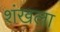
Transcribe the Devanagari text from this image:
शंखला